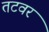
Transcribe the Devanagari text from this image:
तटवर